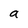
Character: a